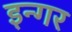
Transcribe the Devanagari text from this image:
इन्गर